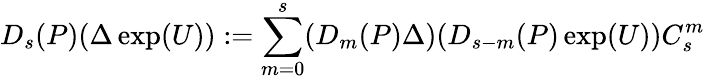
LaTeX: D_{s}(P)(\Delta\exp(U)):=\sum_{m=0}^{s}(D_{m}(P)\Delta)(D_{s-m}(P)\exp(U))C_{s}^{m}